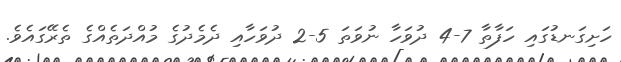
ހަށިގަނޑުގައި ހަފާތާ 7-4 ދުވަހާ ނުވަތަ 5-2 ދުވަހާއި ދެމެދުގެ މުއްދަތެއްގެ ތެރޭގައެވެ.